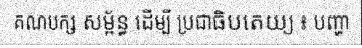
គណបក្ស សម្ព័ន្ធ ដើម្បី ប្រជាធិបតេយ្យ ៖ បញ្ហា